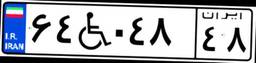
۶۴W۰۴۸۴۸